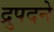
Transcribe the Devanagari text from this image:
द्रुपदने